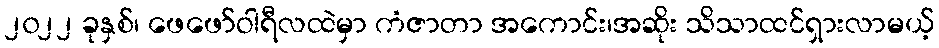
၂၀၂၂ ခုနှစ်၊ ဖေဖော်ဝါရီလထဲမှာ ကံဇာတာ အကောင်း၊အဆိုး သိသာထင်ရှားလာမယ့်